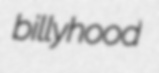
billyhood